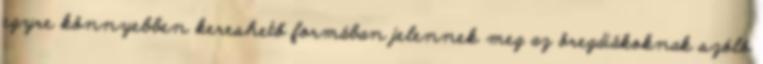
egyre könnyebben kereshető formában jelennek meg az öregdiákoknak szóló